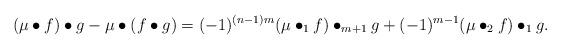
LaTeX: \begin{align*}(\mu \bullet f) \bullet g - \mu \bullet ( f \bullet g ) = (-1)^{(n-1)m}(\mu \bullet_1 f) \bullet_{m+1} g + (-1)^{m-1} (\mu \bullet_2 f) \bullet_{1} g . \end{align*}